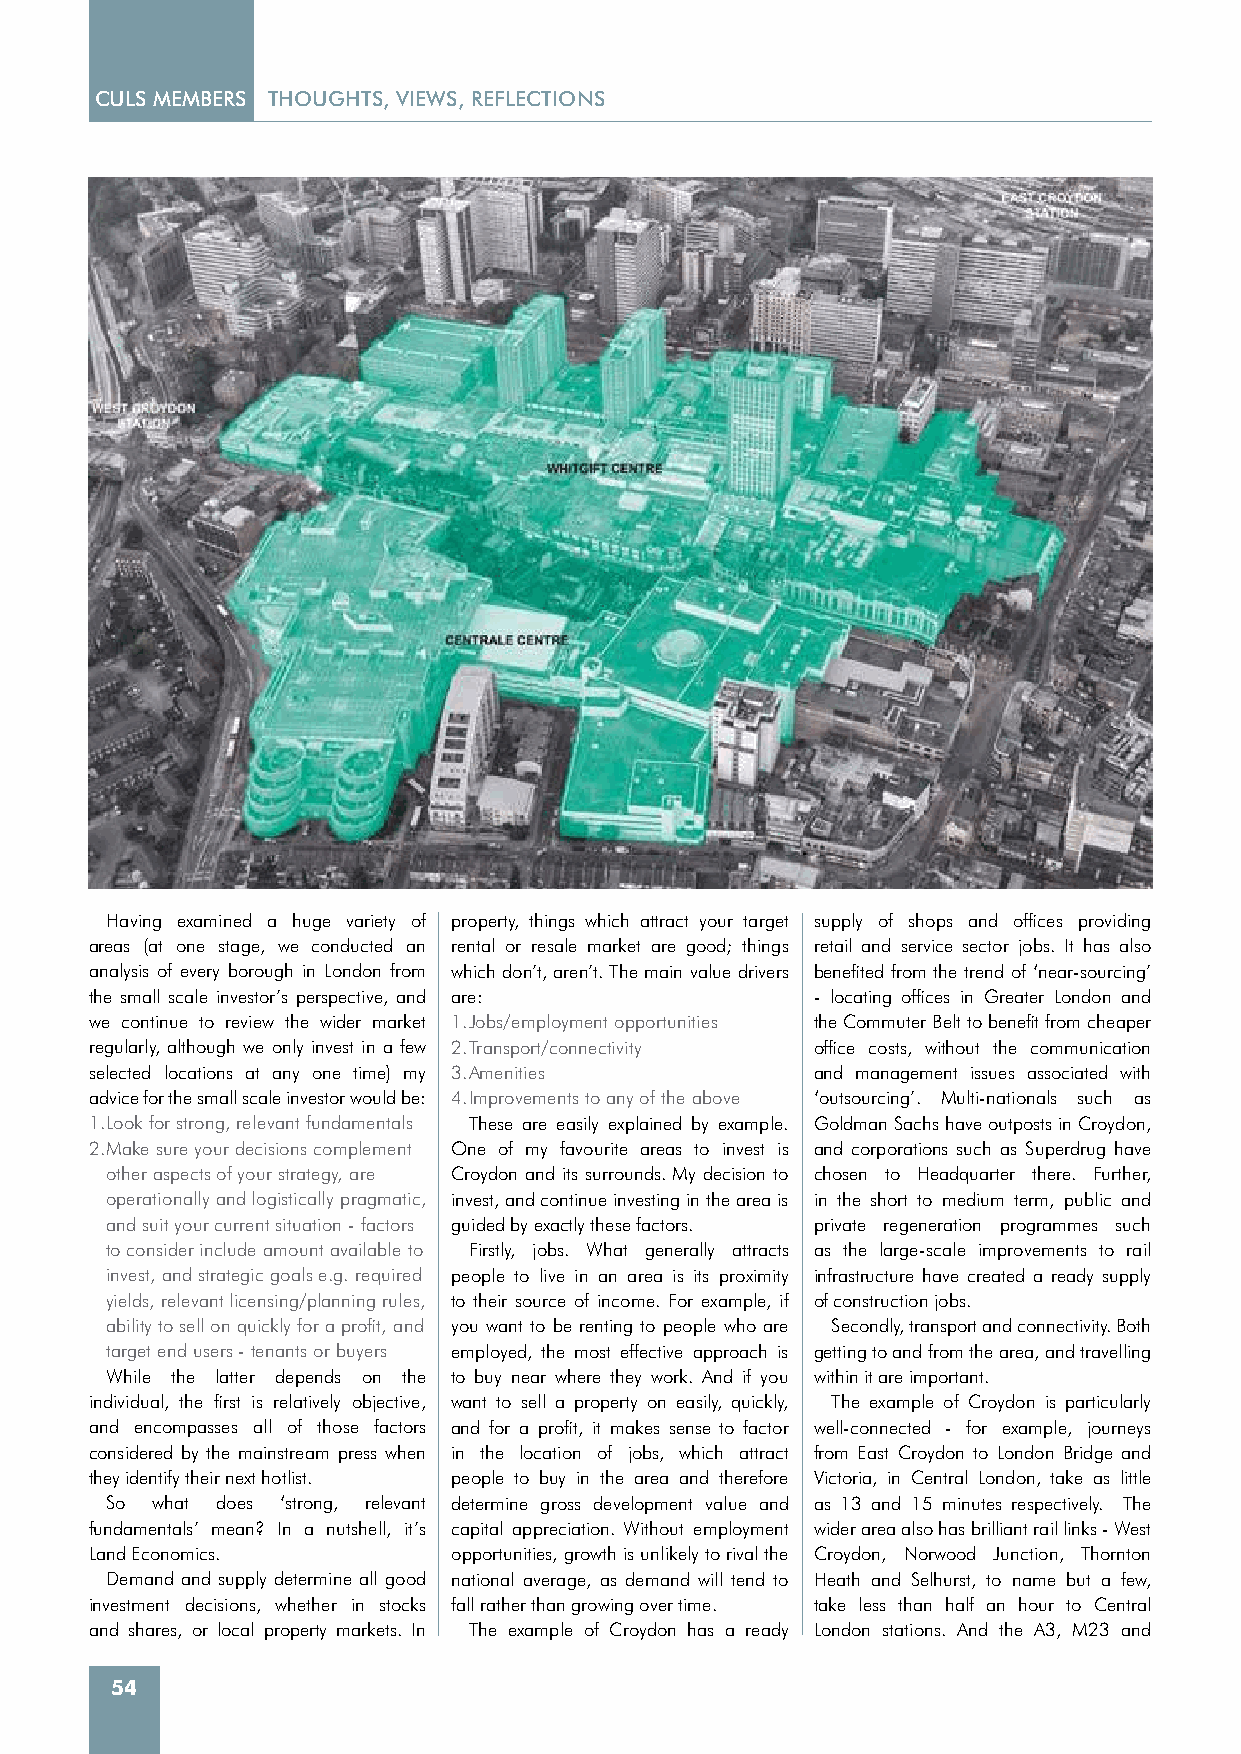
CULS MEMBERS THOUGHTS, VIEWS, REFLECTIONS
 Having examined a huge variety of property, things which attract your target supply of shops and offices providing
 areas (at one stage, we conducted an rental or resale market are good; things retail and service sector jobs. It has also
 analysis of every borough in London from which don’t, aren’t. The main value drivers benefited from the trend of ‘near-sourcing’
 the small scale investor’s perspective, and are: - locating offices in Greater London and
 we continue to review the wider market 1. Jobs/employment opportunities the Commuter Belt to benefit from cheaper
 regularly, although we only invest in a few 2. Transport/connectivity office costs, without the communication
 selected locations at any one time) my 3. Amenities and management issues associated with
 advice for the small scale investor would be: 4. Improvements to any of the above ‘outsourcing’. Multi-nationals such as
 1. Look for strong, relevant fundamentals These are easily explained by example. Goldman Sachs have outposts in Croydon,
 2. Make sure your decisions complement One of my favourite areas to invest is and corporations such as Superdrug have
 other aspects of your strategy, are Croydon and its surrounds. My decision to chosen to Headquarter there. Further,
 operationally and logistically pragmatic, invest, and continue investing in the area is in the short to medium term, public and
 and suit your current situation - factors guided by exactly these factors. private regeneration programmes such
 to consider include amount available to Firstly, jobs. What generally attracts as the large-scale improvements to rail
 invest, and strategic goals e.g. required people to live in an area is its proximity infrastructure have created a ready supply
 yields, relevant licensing/planning rules, to their source of income. For example, if of construction jobs.
 ability to sell on quickly for a profit, and you want to be renting to people who are Secondly, transport and connectivity. Both
 target end users - tenants or buyers employed, the most effective approach is getting to and from the area, and travelling
 While the latter depends on the to buy near where they work. And if you within it are important.
 individual, the first is relatively objective, want to sell a property on easily, quickly, The example of Croydon is particularly
 and encompasses all of those factors and for a profit, it makes sense to factor well-connected - for example, journeys
 considered by the mainstream press when in the location of jobs, which attract from East Croydon to London Bridge and
 they identify their next hotlist. people to buy in the area and therefore Victoria, in Central London, take as little
 So what does ‘strong, relevant determine gross development value and as 13 and 15 minutes respectively. The
 fundamentals’ mean? In a nutshell, it’s capital appreciation. Without employment wider area also has brilliant rail links - West
 Land Economics.         opportunities, growth is unlikely to rival the Croydon, Norwood Junction, Thornton
 Demand and supply determine all good national average, as demand will tend to Heath and Selhurst, to name but a few,
 investment decisions, whether in stocks fall rather than growing over time. take less than half an hour to Central
 and shares, or local property markets. In The example of Croydon has a ready London stations. And the A3, M23 and
 54